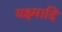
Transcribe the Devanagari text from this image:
यक्ष्मादि